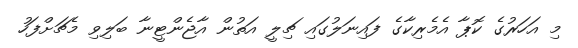
މި އަހަރުގެ ކޮޕާ އެމެރިކާގެ ފައިނަލުގައި ޗިލީ އަތުން އާޖެންޓީނާ ބަލިވި މެޗަށްފަހު